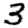
Digit: 3